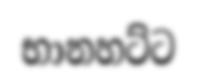
භානහට්ට